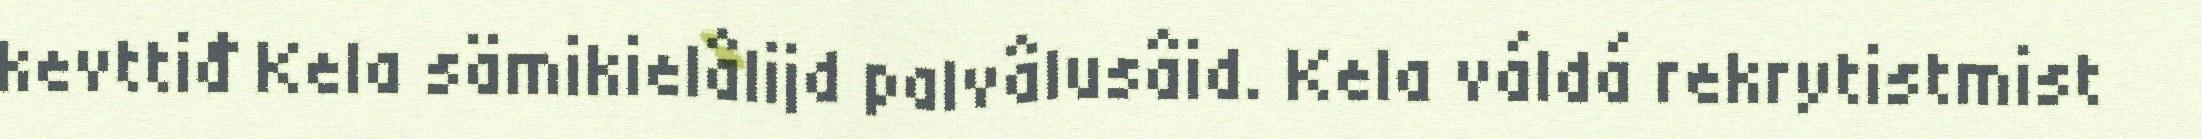
kevttiđ Kela sämikielâlijd palvâlusâid. Kela váldá rekrytistmist